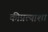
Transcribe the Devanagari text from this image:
कीप्रत्याशा